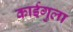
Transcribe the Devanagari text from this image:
काईगुला